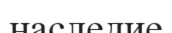
наследие